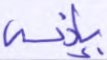
بإذنه